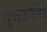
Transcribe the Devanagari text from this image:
गुणवर्धना